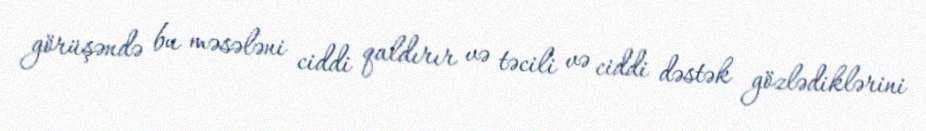
görüşəndə bu məsələni ciddi qaldırır və təcili və ciddi dəstək gözlədiklərini